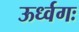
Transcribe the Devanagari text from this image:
ऊर्ध्वगः